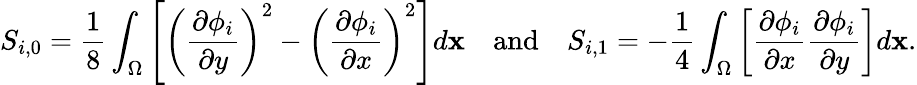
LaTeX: S_{i,0}=\frac{1}{8}\int_{\Omega}\left[\left(\frac{\partial\phi_{i}}{\partial y}\right)^{2}-\left(\frac{\partial\phi_{i}}{\partial x}\right)^{2}\right]d\mathbf{x}\quad\mathrm{and}\quad S_{i,1}=-\frac{1}{4}\int_{\Omega}\left[\frac{\partial\phi_{i}}{\partial x}\frac{\partial\phi_{i}}{\partial y}\right]d\mathbf{x}.